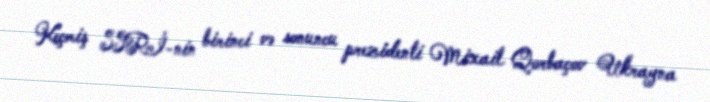
Keçmiş SSRİ-nin birinci və sonuncu prezidenti Mixail Qorbaçov Ukrayna